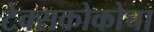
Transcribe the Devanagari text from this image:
टेक्सकोकोचा